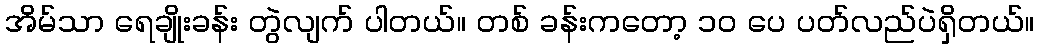
အိမ်သာ ရေချိုးခန်း တွဲလျက် ပါတယ်။ တစ် ခန်းကတော့ ၁၀ ပေ ပတ်လည်ပဲရှိတယ်။